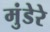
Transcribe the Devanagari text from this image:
मुंडेरे